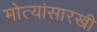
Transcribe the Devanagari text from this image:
मोत्यांसारखी